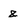
Character: g